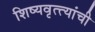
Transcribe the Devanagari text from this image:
शिष्यवृत्त्यांची